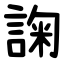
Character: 諊